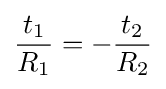
{\frac {t_{1}}{R_{1}}}=-{\frac {t_{2}}{R_{2}}}